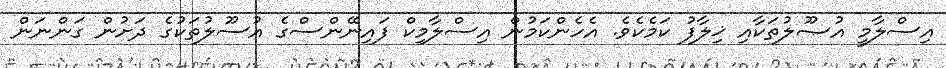
އިސްލާމީ އުޞޫލުތަކާއި ޚިލާފު ކަމެކެވެ. އެހެންކަމުން އިސްލާމިކް ފައިނޭންސްގެ އުސޫލުތަކުގެ ދަށުން ގަންނަން